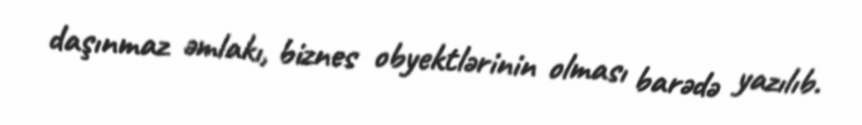
daşınmaz əmlakı, biznes obyektlərinin olması barədə yazılıb.